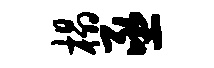
榻亟